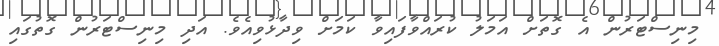
މިނިސްޓަރުން އެ ގޮތަށް އަމަލު ކުރައްވާފައިވާ ކަަމަށް ވިދާޅުވިއެވެ. އަދި މިނިސްޓަރުން ގޮތުގައި